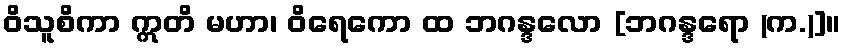
ဝိသူစိကာ ဣတိ မဟာ၊ ဝိရေကော ထ ဘဂန္ဒလော [ဘဂန္ဒရော (က.)]။